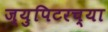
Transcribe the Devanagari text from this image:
ज्युपिटरच्या